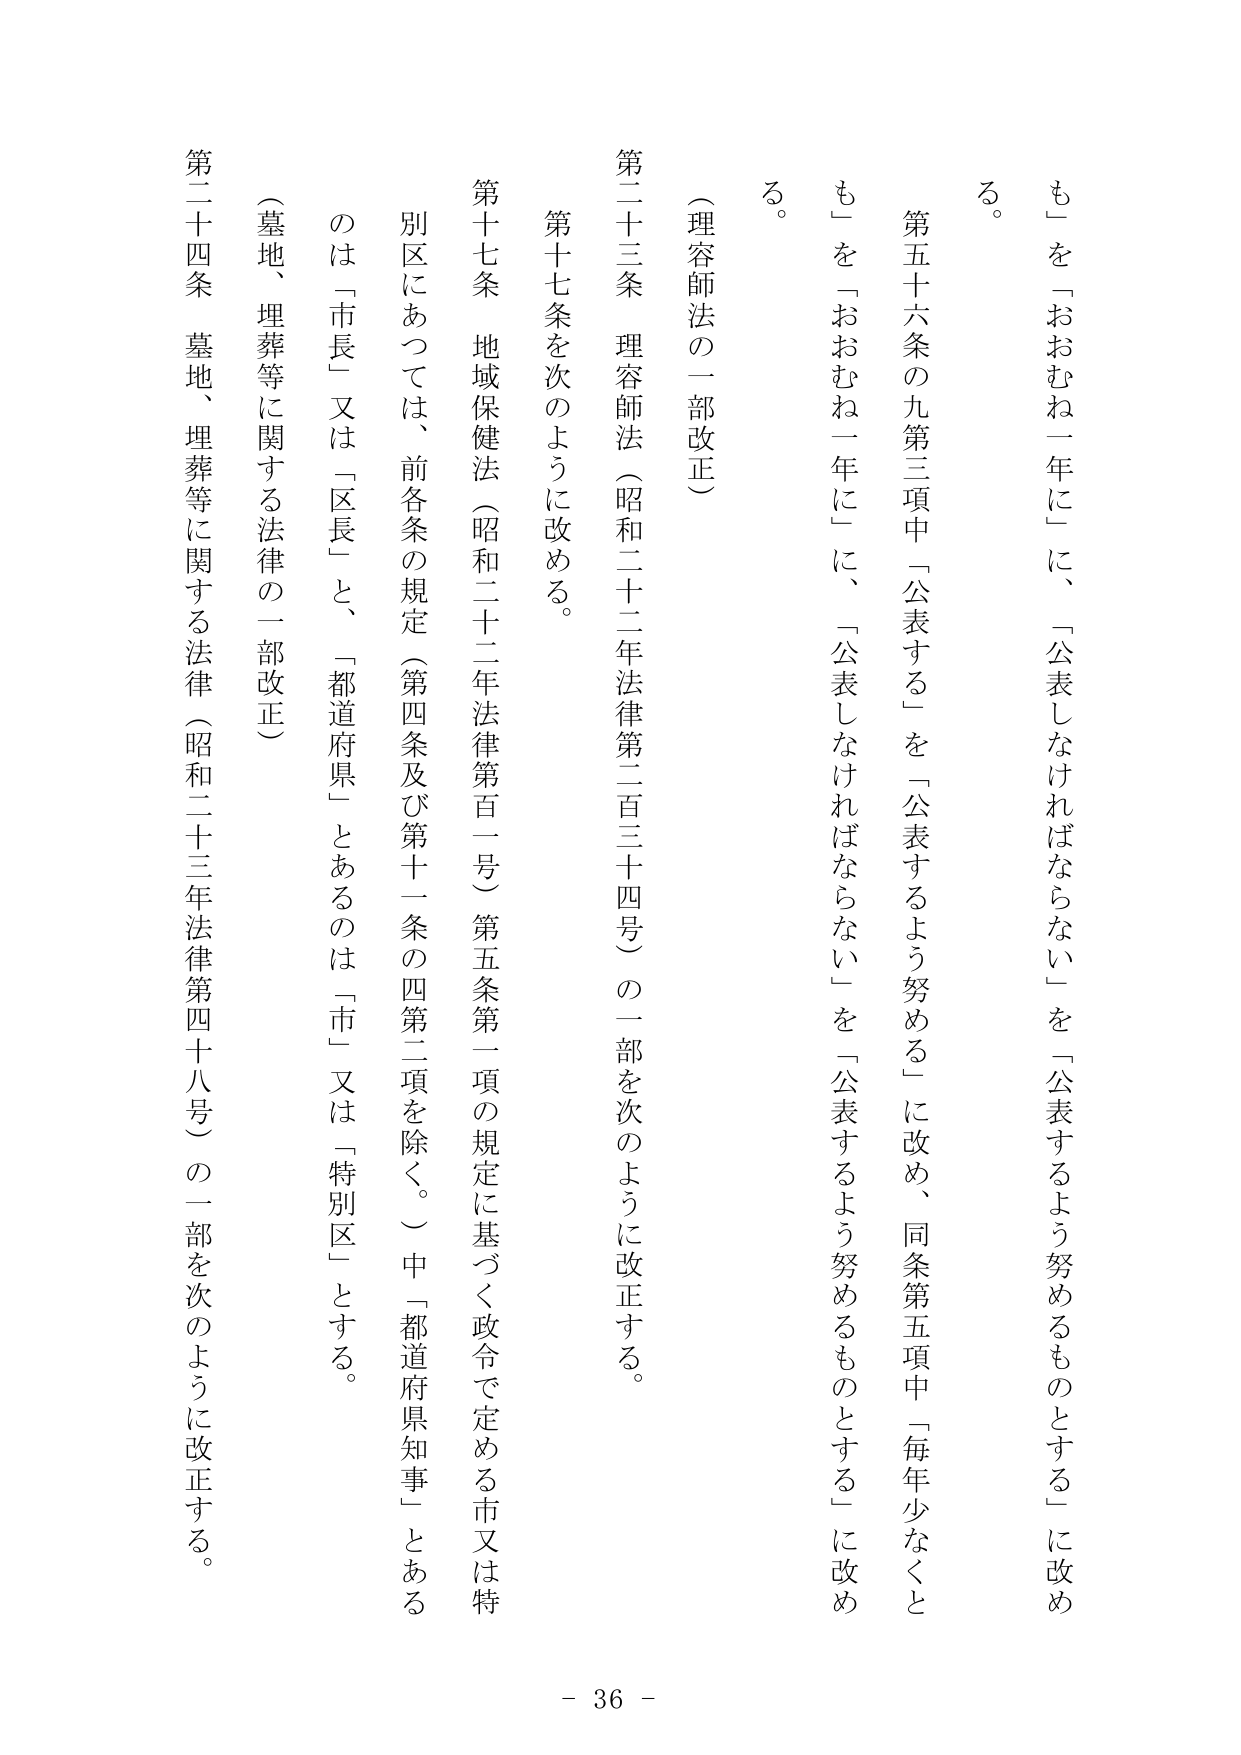
も」を「おおむね一年に」に、「公表しなければならない」を「公表するよう努めるものとする」に改める。

第五十六条の九第三項中「公表する」を「公表するよう努める」に改め、同条第五項中「毎年少なくとも」を「おおむね一年に」に、「公表しなければならない」を「公表するよう努めるものとする」に改める。

（理容師法の一部改正）

第二十三条 理容師法（昭和二十二年法律第二百三十四号）の一部を次のように改正する。

第十七条を次のように改める。

第十七条 地域保健法（昭和二十二年法律第百一号）第五条第一項の規定に基づく政令で定める市又は特別区にあっては、前各条の規定（第四条及び第十一条の四第二項を除く。）中「都道府県知事」とあるのは「市長」又は「区長」と、「都道府県」とあるのは「市」又は「特別区」とする。

（墓地、埋葬等に関する法律の一部改正）

第二十四条 墓地、埋葬等に関する法律（昭和二十三年法律第四十八号）の一部を次のように改正する。

- 36 -